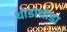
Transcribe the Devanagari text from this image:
थोडाथोडा